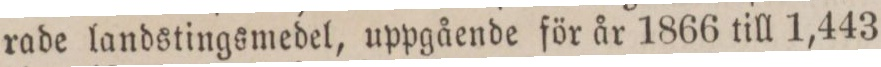
rade landstingsmedel, uppgående för år 1866 till 1,443